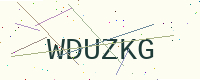
Text: WDUZKG